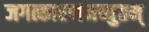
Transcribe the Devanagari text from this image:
जगत्कारणमच्युतम्